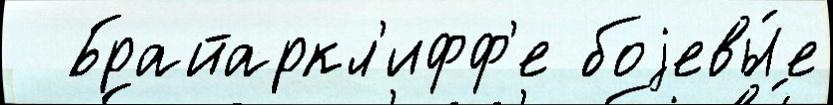
  Брайаркл'ифф'е боjевы́е